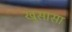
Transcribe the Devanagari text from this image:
खुसासा